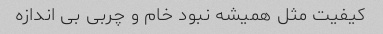
کیفیت مثل همیشه نبود خام و چربی بی اندازه